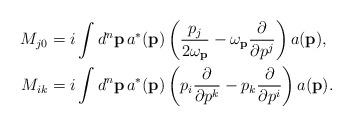
LaTeX: \begin{align*}M_{j0}&= i\int d^n\mathbf{p}\,{a}^{*}(\textbf{p}) \left( \frac{p_j}{2\omega_{\textbf{p}}}-\omega_{\textbf{p}}\frac{\partial}{\partial p^j } \right) a(\textbf{p}),\\ M_{ik}&=i \int d^n\mathbf{p}\, {a}^{*}(\textbf{p}) \left(p_i \frac{\partial}{\partial p^k }-p_k\frac{\partial}{\partial p^i }\right)a(\textbf{p}).\end{align*}